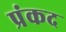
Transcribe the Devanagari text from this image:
प्रंकद